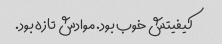
کیفیتش خوب بود. موادش تازه بود.